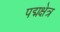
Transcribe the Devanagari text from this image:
पद्मक्षेत्र